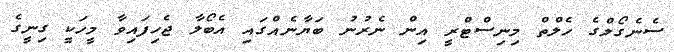
ސެނެގޯލްގެ ހެލްތް މިނިސްޓްރީ އިން ނެރުނު ބަޔާނެއްގައި އެބޯލާ ޖެހިފައިވާ މީހަކީ ގިނީގެ